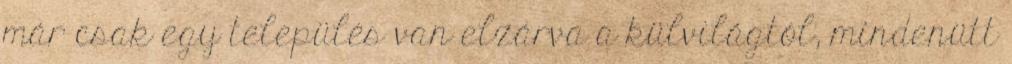
már csak egy település van elzárva a külvilágtól, mindenütt